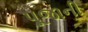
પૂજાની